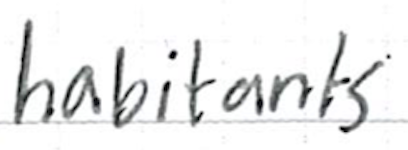
Text: habitants
Cross-out: clean
Writing tool: ballpoint